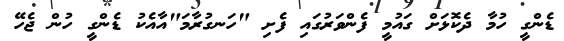
ޑެންގީ ހުމާ ދެކޮޅަށް ގައުމީ ފެންވަރުގައި ފެށި "ހަނގުރާމަ"އާއެކު ޑެންގީ ހުން ޖެހޭ